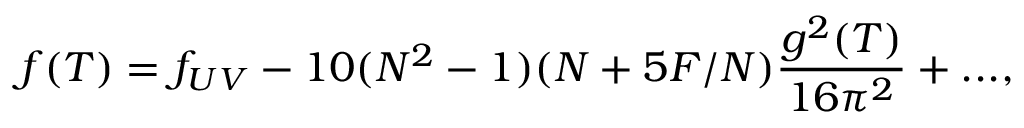
f ( T ) = f _ { U V } - 1 0 ( N ^ { 2 } - 1 ) ( N + 5 F / N ) \frac { g ^ { 2 } ( T ) } { 1 6 \pi ^ { 2 } } + . . . ,